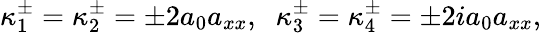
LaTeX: \kappa_{1}^{\pm}=\kappa_{2}^{\pm}=\pm 2a_{0}a_{xx},\; \; \kappa_{3}^{\pm}=\kappa_{4}^{\pm}=\pm 2ia_{0}a_{xx},